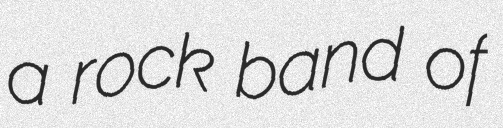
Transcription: a rock band of